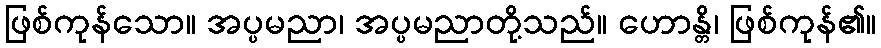
ဖြစ်ကုန်သော။ အပ္ပမညာ၊ အပ္ပမညာတို့သည်။ ဟောန္တိ၊ ဖြစ်ကုန်၏။